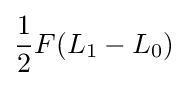
{\frac {1}{2}}F(L_{1}-L_{0})